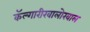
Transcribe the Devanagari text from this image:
कॅल्गारीखालोखाल